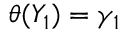
\theta ( Y _ { 1 } ) = \gamma _ { 1 }